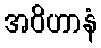
အဝိဟာနံ